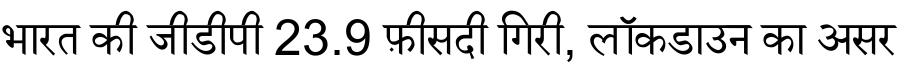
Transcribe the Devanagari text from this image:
भारत की जीडीपी 23.9 फ़ीसदी गिरी, लॉकडाउन का असर